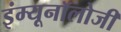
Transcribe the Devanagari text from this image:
इंम्यूनॉलोजी